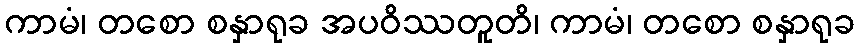
ကာမံ၊ တစော စနှာရုခ အပဝိဿတူတိ၊ ကာမံ၊ တစော စနှာရုခ